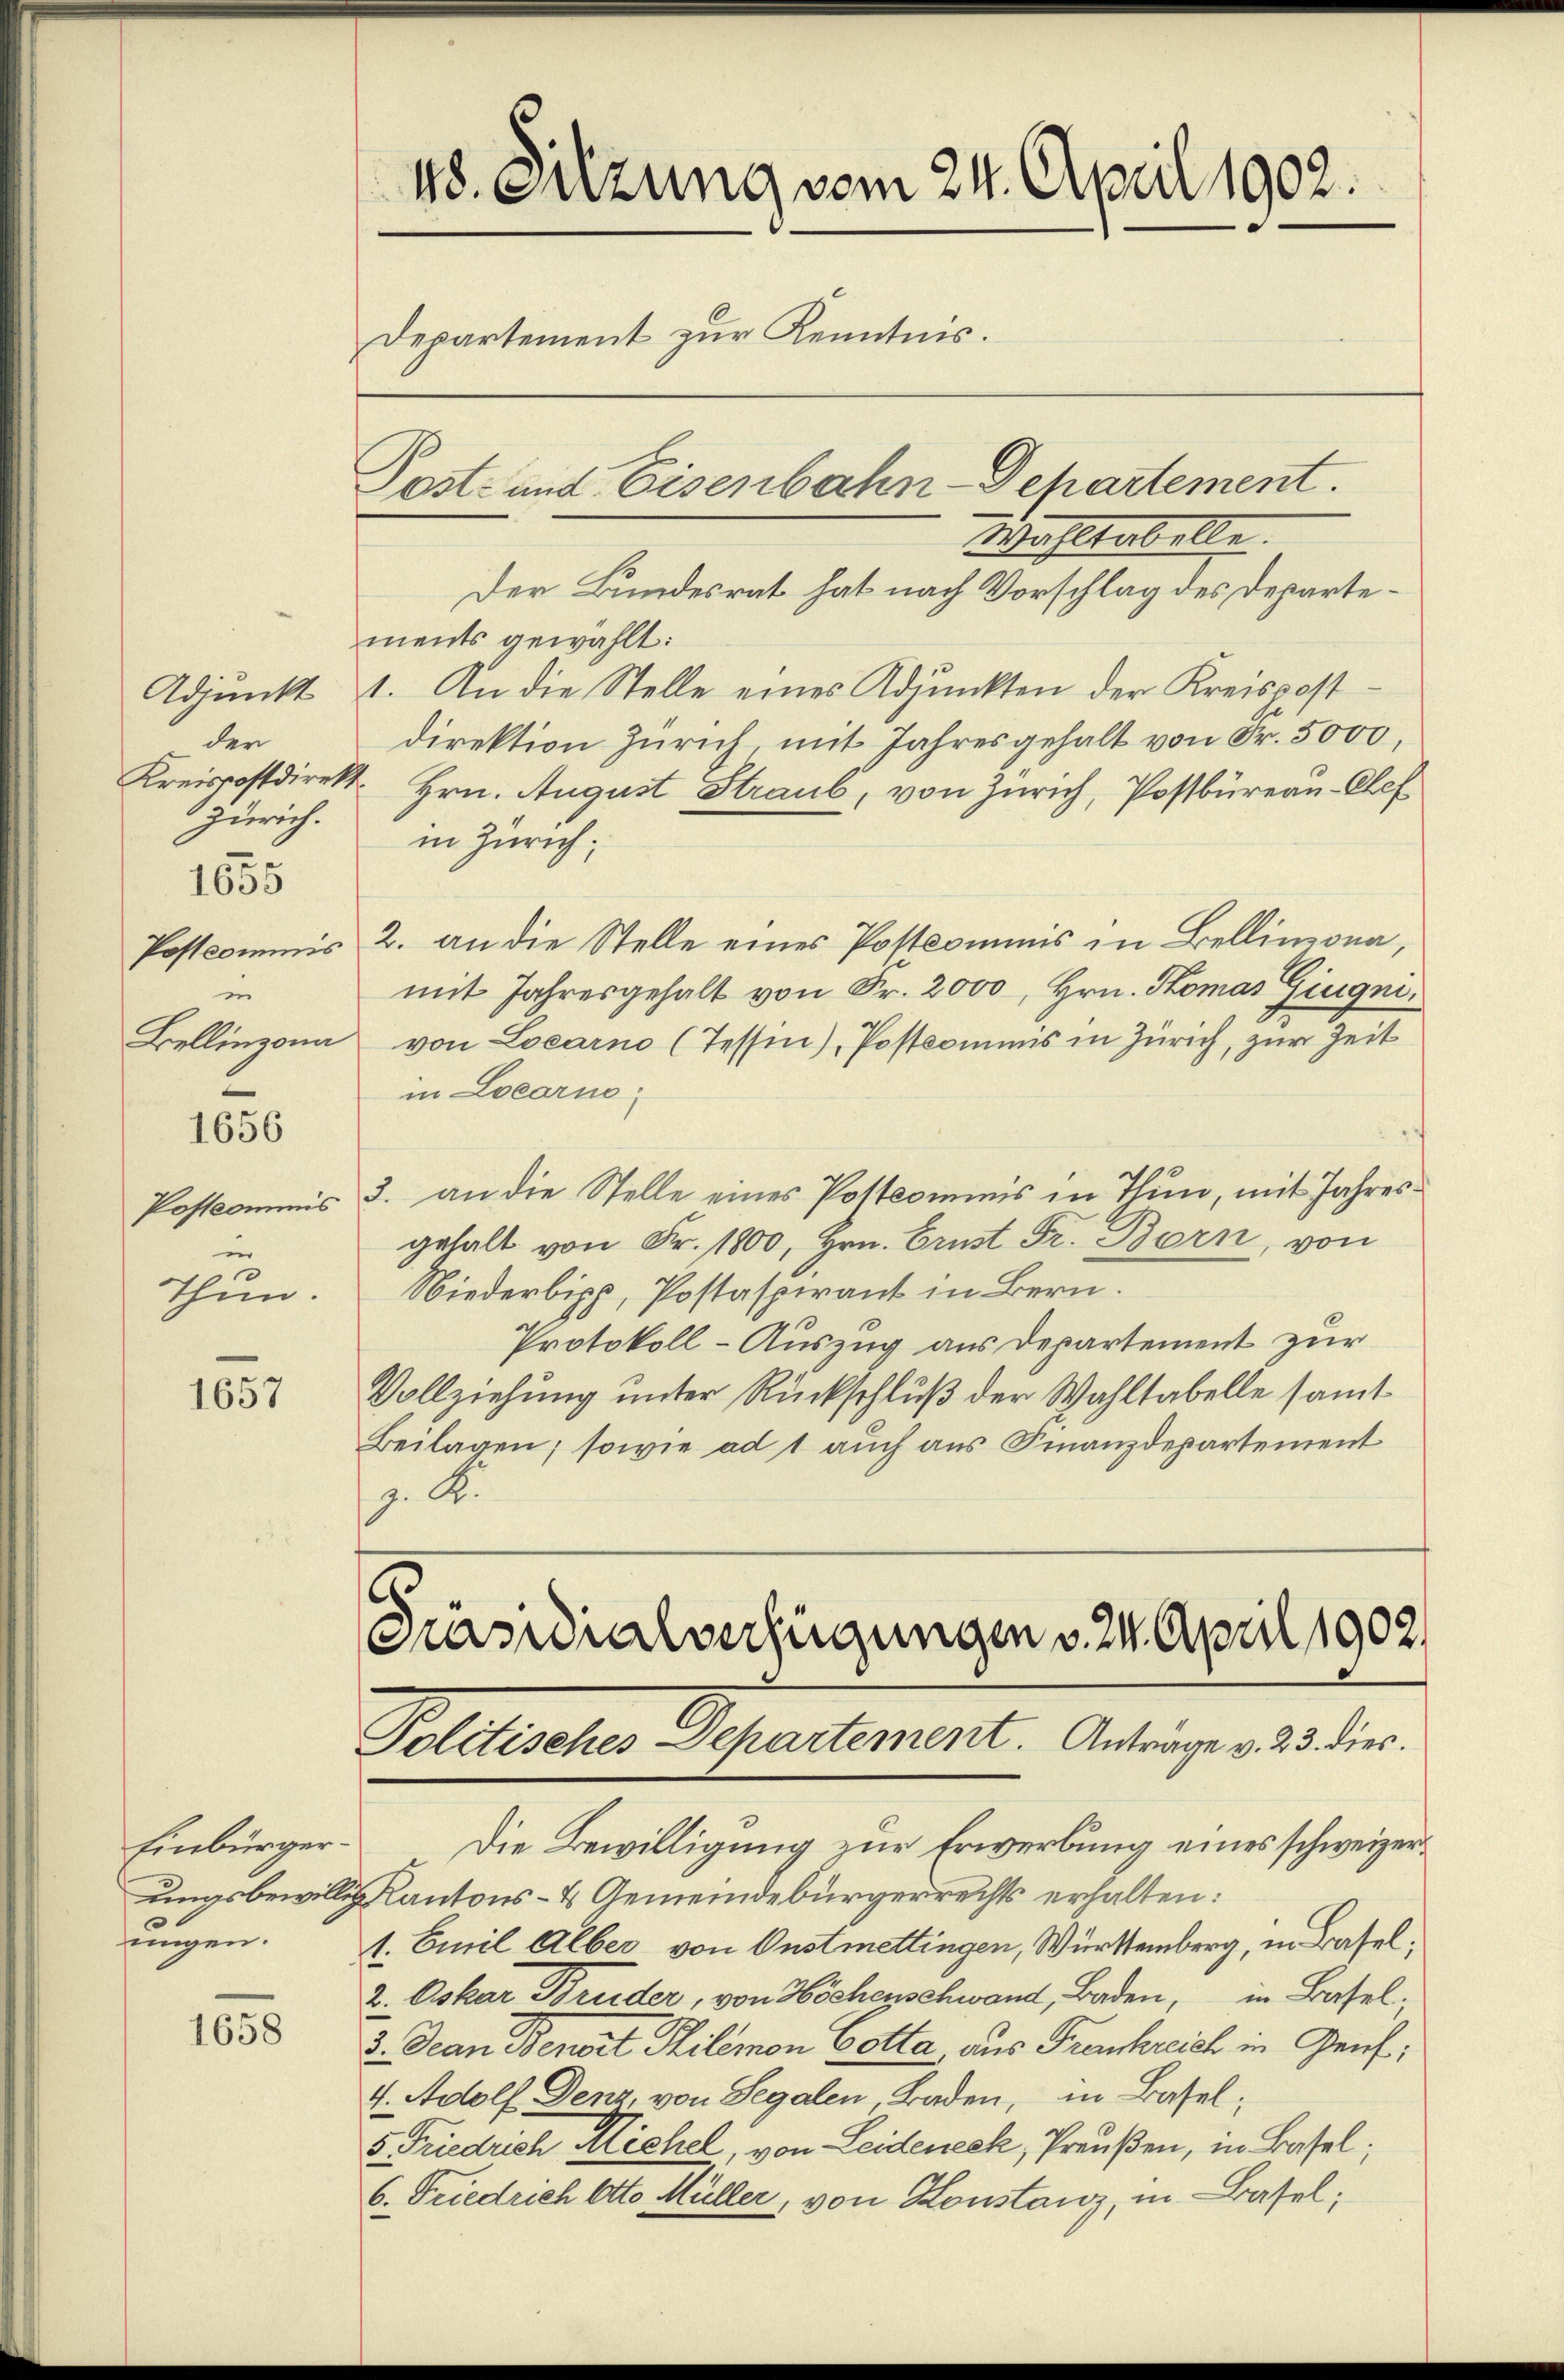
Adjunkt
der
Kreispostdirekt
Zürich.
1655
Postkommis
in
Bellinzona

1656

Postkommis
in
Thun.

1657

Einbürgerungsbewillig
ungen.

1658

418. Sitzung vom 24. April 1902.
Departement zur Kenntnis.
Post- und Eisenbahn-Departement.

Wahltabelle.
Der Bundesrat hat nach Vorschlag des Departements gewählt:
1. An die Stelle eines Adjunkten der Kreispostdirektion Zürich, mit Jahresgehalt von Fr. 5000,
Hrn. August Straub, von Zürich, Postbüreau-Chef
in Zürich;
2. an die Stelle eines Postkommnis in Bellinzona,
mit Jahresgehalt von Fr. 2000, Hrn. Somas Gingni
von Locarno (Tessin), Postkommnis in Zürich, zur Zeit
in Locarno
3. an die Stelle eines Postkommnis in Thun, mit Jahresgehalt von Fr. 1800, Hrn. Ernst Fr. Bern, von
Niederbipp, Postaspirant in Bern.
Protokoll-Auszug aus Departement zur
Vollziehung unter Rückschluß der Wahltabelle samt
Beilagen; sowie ad 1 auch aus Finanzdepartement
z. R.

s
Präsidialverfügungen v. 24. April 1902.
Politisches Departement. Antrage v. 23. dies

Die Bewilligung zur Erwerbung eines schweizer¬
Kantons- & Gemeindebürgerrechts erhalten:
1. Emil Alber von Onstmettingen, Württemberg, in Basel¬
2. Oskar Bruder, von Höchenschwand, Baden, in Basel.
3. Jean Benort Philomon Gotta aus Frankreich in Genf;
4. Adolf Denz, von Segalen, Baden, in Basel;
5. Friedrich Michel, von Leideneck, Preußen, in Basel;
6. Friedrich Otto Müller, von Konstanz, in Basel;